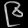
Digit: ၉